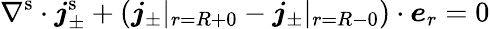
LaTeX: \nabla^{\mathrm{s}}\cdot\boldsymbol{j}_{\pm}^{\mathrm{s}}+(\boldsymbol{j}_{\pm}|_{r=R+0}-\boldsymbol{j}_{\pm}|_{r=R-0})\cdot\boldsymbol{e}_{r}=0